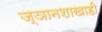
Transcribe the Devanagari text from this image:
ज्ञानशाखाही